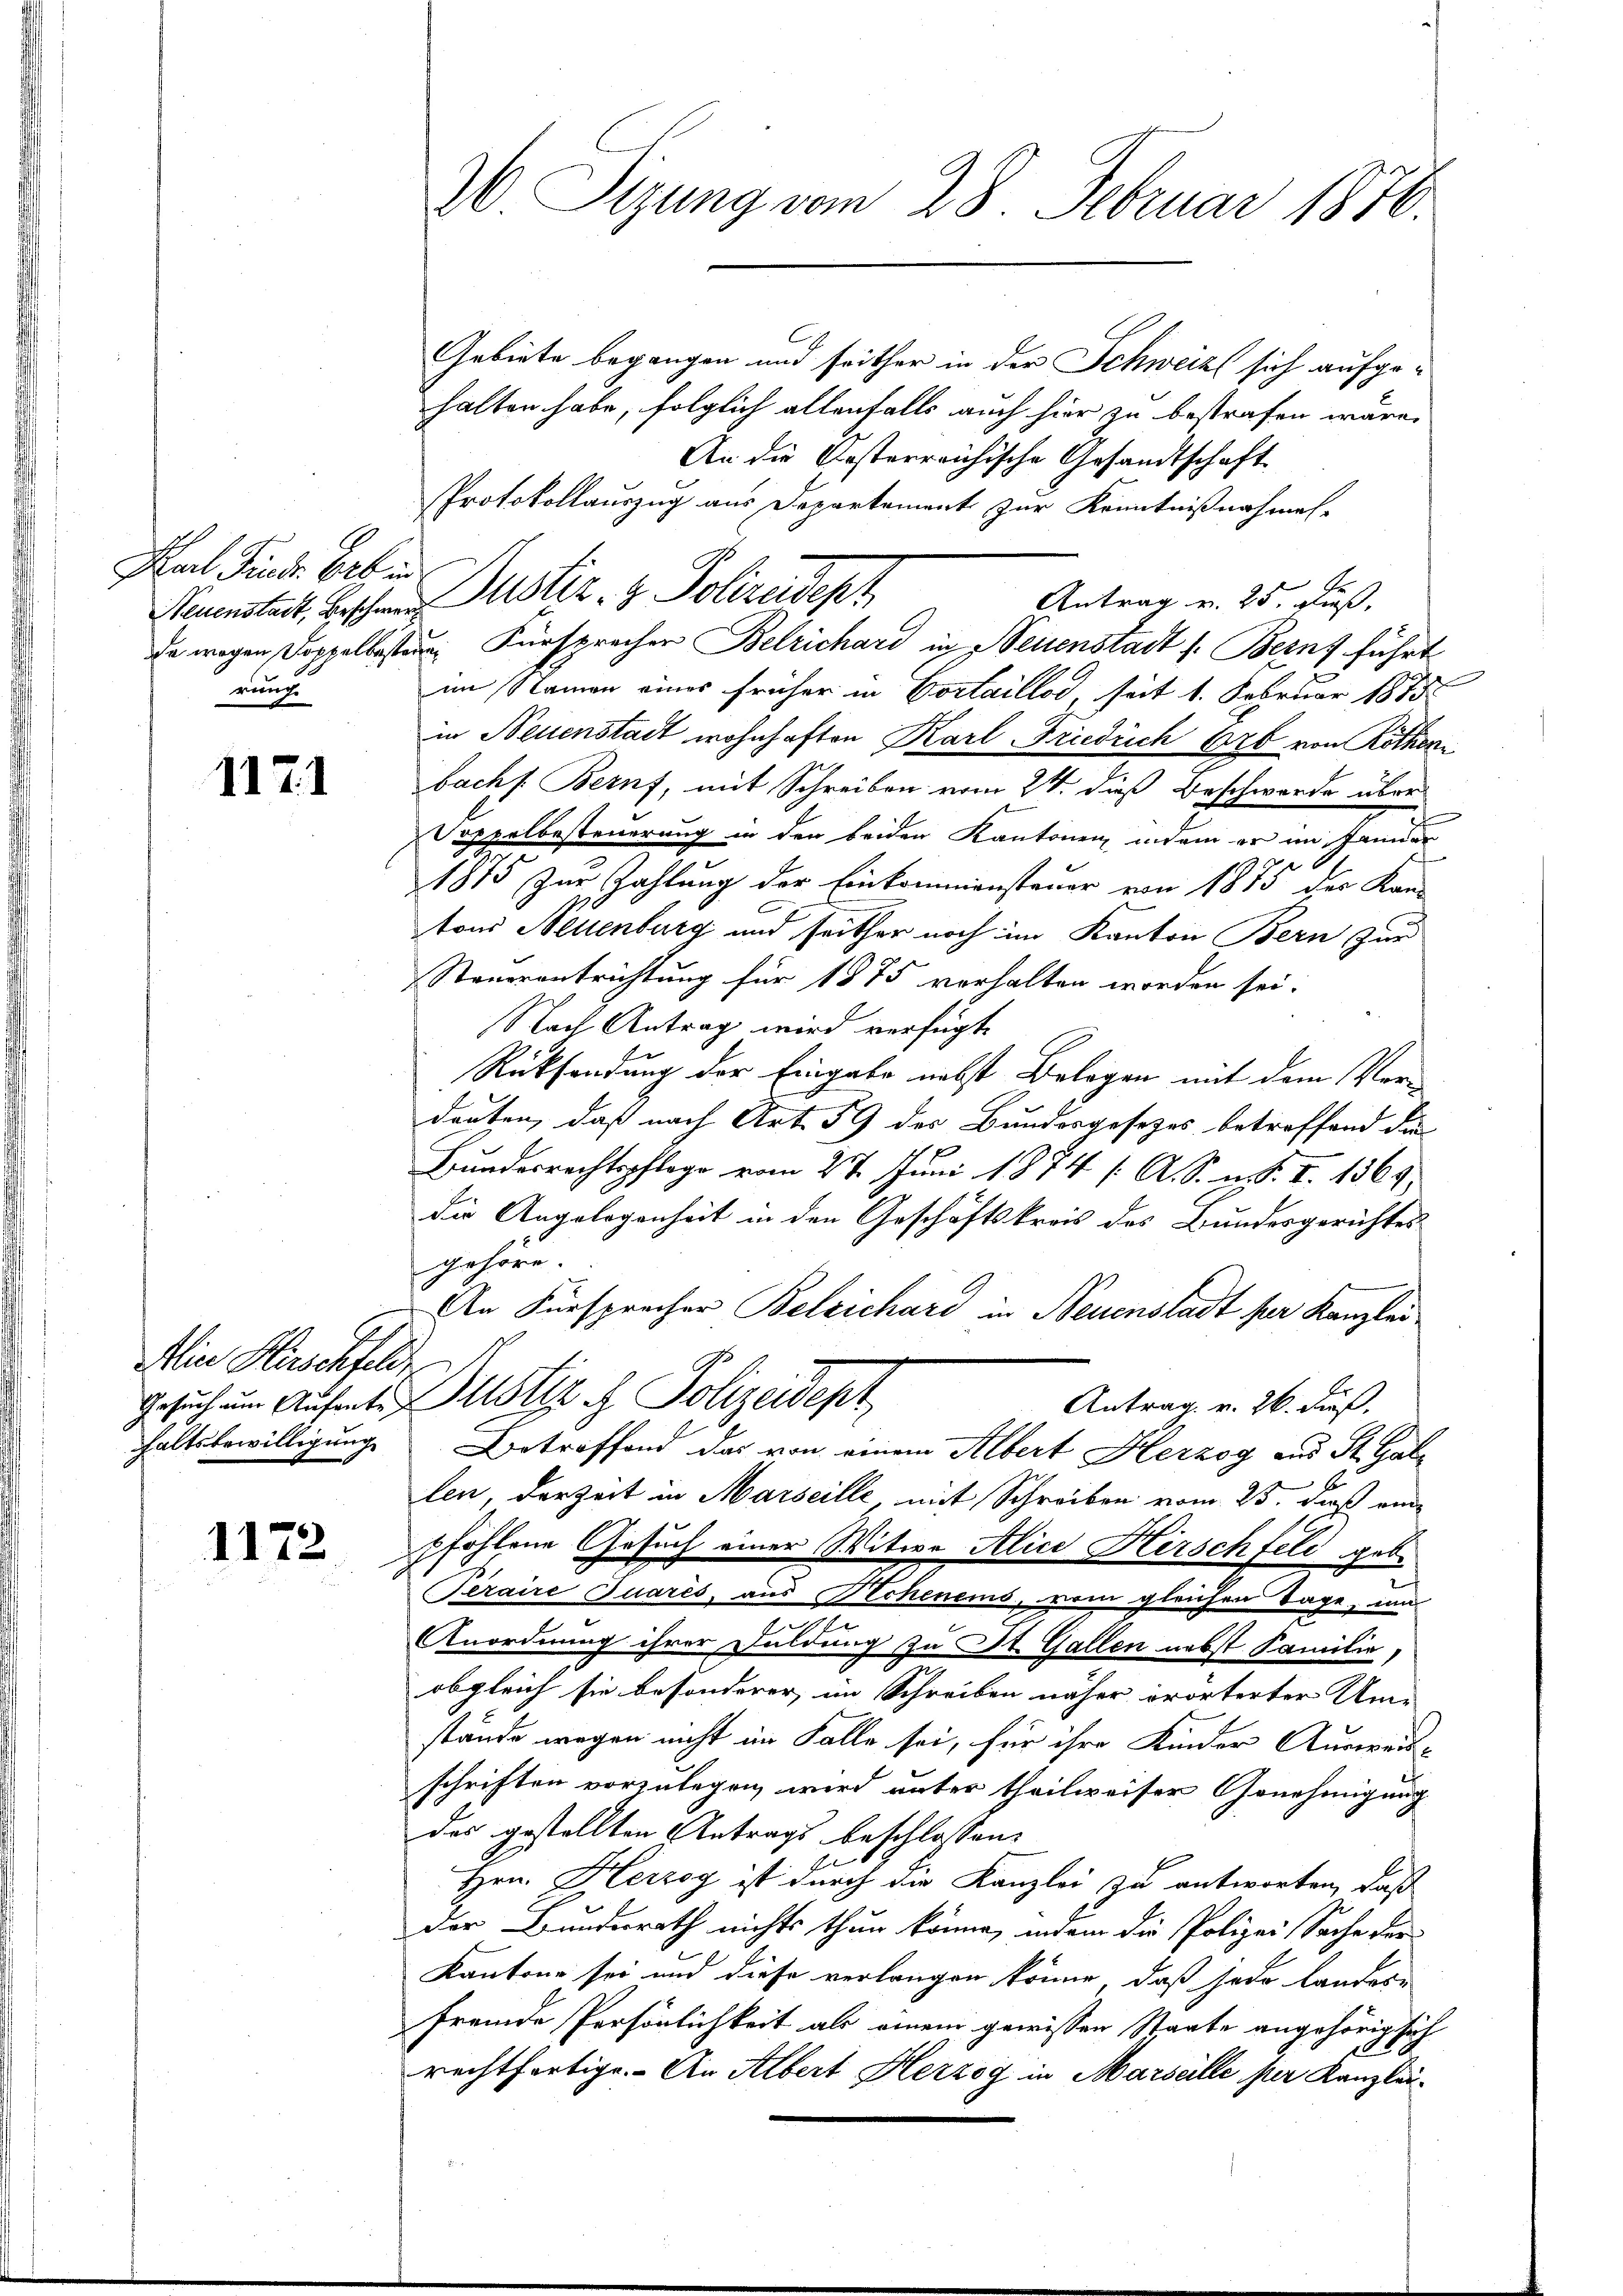
Karl Finde bat in
rung

1171

Min Hirschfeld,

1172

Gebiete begangen und seither in der Schweiz sich aufgehalten habe, folglich allenfalls auch hier zu bestrafen wäre,
An die Kosterreichische Gesandtschaft
Protokollauszug aus Departement zur Kenntnißnahmes-
Ge
Antrag v. 25. dieß,
Nauenstet, beschen Mistiz- & Polizeidept
da wegen Doppelbistern Fürsprecher Belrichard in Neuenstadt s. Berns führt
im Namen eines früher in Vortaillod, seit 1. Februar 1875.
in Neuenstadt wohnhaften Karl Friedrich Erb von Rothen
bachs. Bern, mit Schreiben vom 24. dieß Beschwerde über
Doppelbesteuerung in den beiden Kantonen, indem er im Januar
1875 zur Zahlung der Einkommensteuer von 1875 der Kan-
tons Neuenburg und seither noch im Kanton Bern zur
Steuerantrichtung für 1875 verhalten worden sei.
Nach Antrag wird verfügte
Rücksendung der Eingabe nebst Belegen mit dem Ver-
douten, daß nach Art. 59 des Bundesgesetzes betroffend die
Bundesrechtspflege vom 27. Juni 1874 (: A. S. m. I. 1369
die Angelegenheit in den Geschäftskreis des Bundesgerichtes
gehöre.
An Fürsprecher Beleichard in Neuenstadt per Kanzlei
Gesuch um Aufente. Zustiz & Polizeidept
Antrag v. 26. dieß.
haltsbewilligung Betreffend das von einem Albert Herzog und St. Gallen, der Zeit in Marseille, mit Schreiben vom 23. daß einpfohlene Gesuch einer Witwe Alice Kirschfeld gebe
Peraire Quarés, aus Hecheneins, vom gleichen Tage, um
Anordnung ihrer Duldung zu St. Gallen nebst Familie,
obgleich sie besonderer, im Schreiben näher erörterter Ame
stände wegen nicht im Falle sei, für ihre Kinder Ausweisschriften vorzulegen wird unter theilweiser Genehmigung
das gestellten Antrags beschlossen:
Hrn. Herzog ist durch die Kanzlei zu antworten, daß
der Bundesrath nichts thun könne, indem die Polizei Sache ver
Kantone sei und diese verlangen könne, daß jede Landes-
fremde Persönlichkeit als einem gewissen Staate angehörig sich
rechtfertige. An Albert Herzog in Marseille per Kanzlei¬

30 Sizung vom 28. Februar 1876.